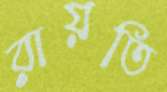
রায়তি